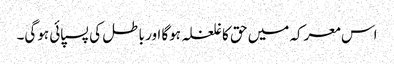
اس معرکہ میں حق کا غلغلہ ہوگا اور باطل کی پسپائی ہوگی۔